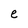
Character: e